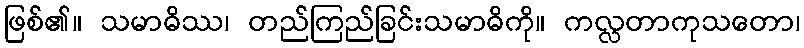
ဖြစ်၏။ သမာဓိဿ၊ တည်ကြည်ခြင်းသမာဓိကို။ ကလ္လတာကုသတော၊